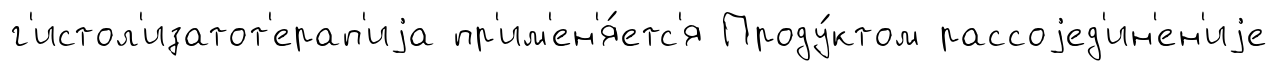
г'истол'изатот'ерап'иjа пр'им'ен'я́етс'я Проду́ктом рассоjед'ин'ен'иjе